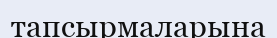
тапсырмаларына